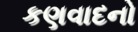
કણવાદનો